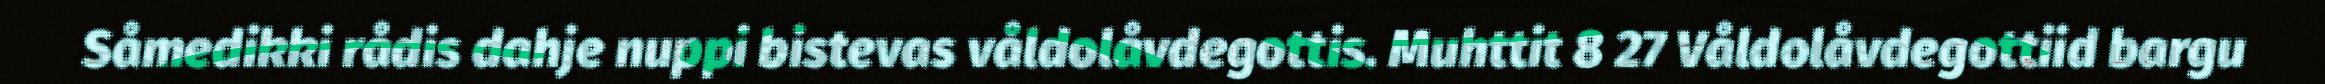
Såmedikki rådis dahje nuppi bistevas våldolåvdegottis. Muhttit 8 27 Våldolåvdegottiid bargu